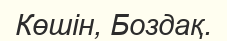
Көшін, Боздақ.